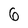
Character: 6